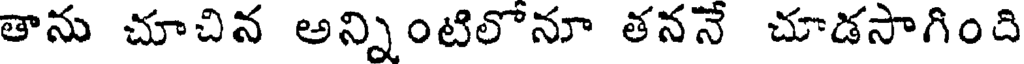
తాను చూచిన అన్నింటిలోనూ తననే చూడసాగింది